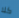
كلا